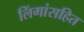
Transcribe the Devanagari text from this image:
लिंगांसहित